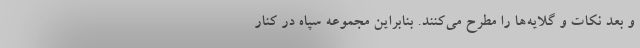
و بعد نکات و گلایه‌ها را مطرح می‌کنند. بنابراین مجموعه سپاه در کنار